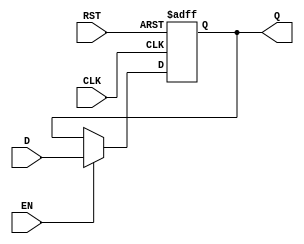
module BarrierRegister #(
    parameter WIDTH = 8  // Parameterized width for the data input/output
)(
    input  wire [WIDTH-1:0] D,    // Data Input
    input  wire CLK,                // Clock
    input  wire EN,                 // Enable
    input  wire RST,                // Asynchronous Reset
    output reg  [WIDTH-1:0] Q       // Data Output
);

// Asynchronous Reset and data capture logic
always @(posedge CLK or posedge RST) begin
    if (RST) begin
        Q <= {WIDTH{1'b0}};          // Reset output to predefined state (zero)
    end else if (EN) begin
        Q <= D;                      // Capture data on enable
    end
    // If EN is low, Q retains its previous value
end

endmodule